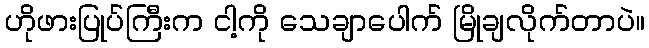
ဟိုဖားပြုပ်ကြီးက ငါ့ကို သေချာပေါက် မြိုချလိုက်တာပဲ။